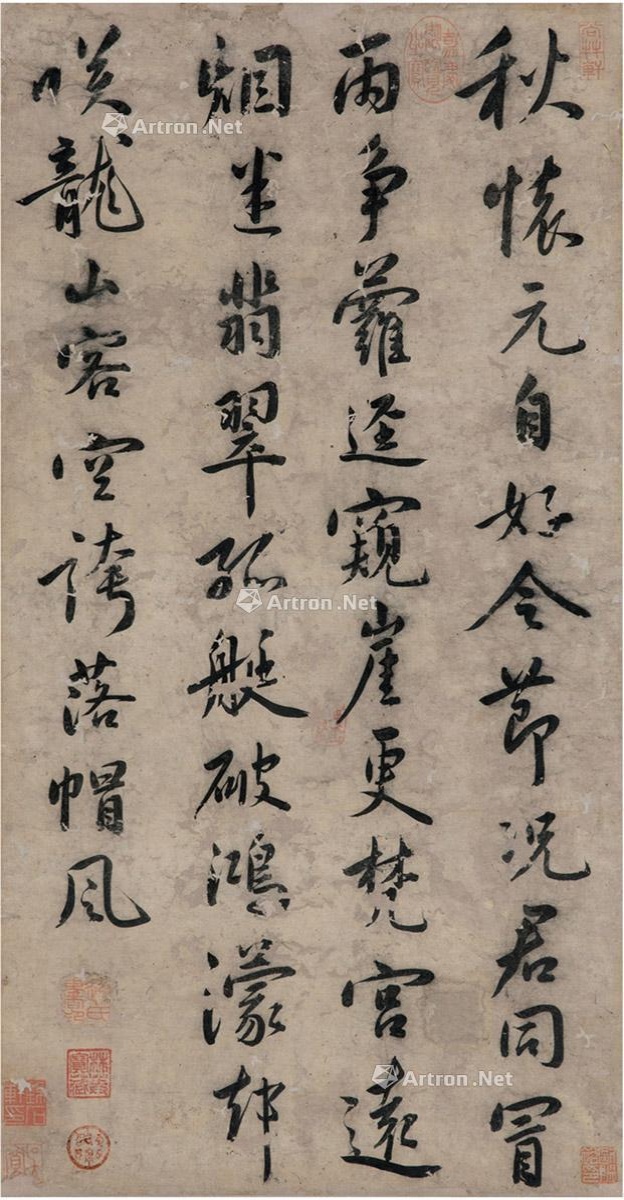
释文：秋怀元自好，令节况君同。冒雨争萝径，窥崖更梵宫。远烟迷翡翠，孤艇破鸿蒙。却笑龙山客，空夸落帽风。赵氏书印（朱）